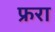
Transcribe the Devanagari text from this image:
फ्ररा